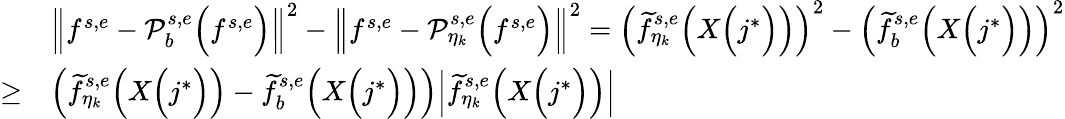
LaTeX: \begin{array}{rl}&{\Big\| f^{s,e}-\mathcal{P}_{b}^{s,e}\Big(f^{s,e}\Big)\Big\| ^{2}-\Big\| f^{s,e}-\mathcal{P}_{\eta_{k}}^{s,e}\Big(f^{s,e}\Big)\Big\| ^{2}=\Big(\widetilde{f}_{\eta_{k}}^{s,e}\Big(X\Big(j^{*}\Big)\Big)\Big)^{2}-\Big(\widetilde{f}_{b}^{s,e}\Big(X\Big(j^{*}\Big)\Big)\Big)^{2}}\\ {\geq}&{\Big(\widetilde{f}_{\eta_{k}}^{s,e}\Big(X\Big(j^{*}\Big)\Big)-\widetilde{f}_{b}^{s,e}\Big(X\Big(j^{*}\Big)\Big)\Big)\Big|\widetilde{f}_{\eta_{k}}^{s,e}\Big(X\Big(j^{*}\Big)\Big)\Big|}\end{array}